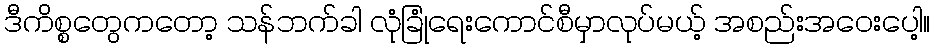
ဒီကိစ္စတွေကတော့ သန်ဘက်ခါ လုံခြုံရေးကောင်စီမှာလုပ်မယ့် အစည်းအဝေးပေါ့။